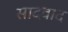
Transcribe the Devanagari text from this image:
सादवाद